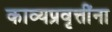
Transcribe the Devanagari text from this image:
काव्यप्रवृत्तींना